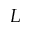
L